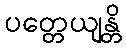
ပတ္တေယျန္တိ